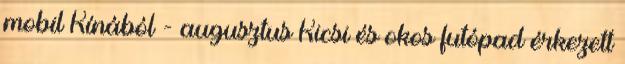
mobil Kínából - augusztus Kicsi és okos futópad érkezett